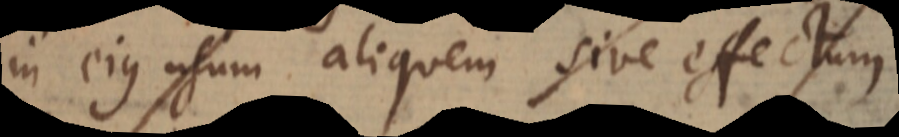
in ejus usum aliquem sive effectum